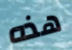
هذه